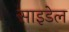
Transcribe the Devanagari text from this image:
साइडेल